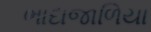
ભાદાજાળિયા